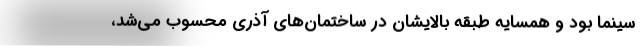
سینما بود و همسایه طبقه بالایشان در ساختمان‌های آذری محسوب می‌شد،